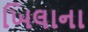
ખિલાના